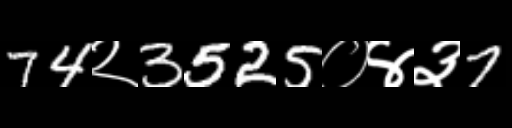
Text: 74२3525०४३7